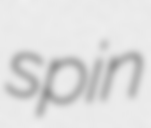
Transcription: spin